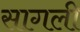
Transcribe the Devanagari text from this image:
सागली